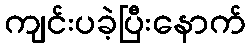
ကျင်းပခဲ့ပြီးနောက်